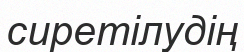
сиретілудің